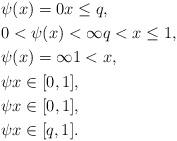
LaTeX: \begin{align*}&\psi(x)=0 x\le q,\\&0<\psi(x)<\infty q < x\le 1,\\&\psi(x)=\infty 1< x,\\& \psi x\in[0,1],\\& \psi x\in[0,1],\\& \psi x\in[q,1]. \end{align*}